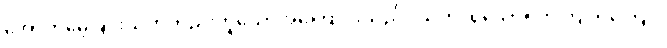
အောက်မေ့ခြင်းသတိတည်းဟူသောအကြောင်းသည်။ သတိ၊ ရှိသော်။ တတြ တတြေဝ၊